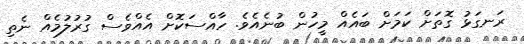
ރަނގަޅު ގޮތަށް ކަމަށް ބައެއް މީހުން ބުނެއެވެ. ހާއްސަކޮށް އެއްވެސް ގުރުލުމެއް ނެތި